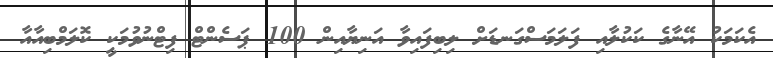
އެކަމަކު އޭނާގެ ކަކުލާއި ފަލަމަސްގަނޑަށް ލިބިފައިވާ އަނިޔާއިން 100 ޕަސެންޓް ފިޓްނުވުމަކީ ކޮލަމްބިއާއާ